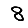
Digit: 8